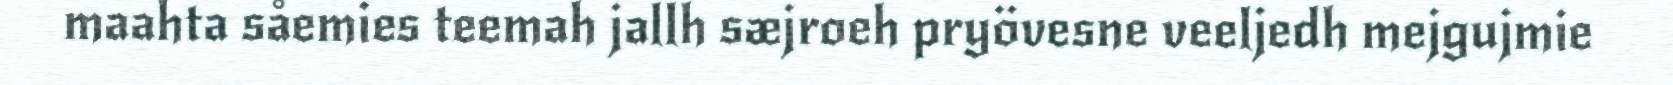
maahta såemies teemah jallh sæjroeh pryövesne veeljedh mejgujmie